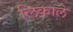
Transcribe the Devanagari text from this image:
लिकाले